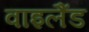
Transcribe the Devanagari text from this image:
वाइलैंड